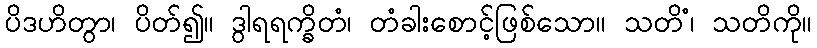
ပိဒဟိတွာ၊ ပိတ်၍။ ဒွါရရက္ခိတံ၊ တံခါးစောင့်ဖြစ်သော။ သတိံ၊ သတိကို။